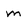
Character: m